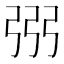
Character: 𢏝